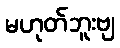
မဟုတ်ဘူးဗျ